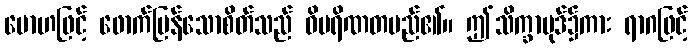
မောဟဖြင့် ဖောက်ပြန်သောစိတ်သည် ဝိပရိဏတမည်၏။ ဤသိက္ခာပုဒ်၌ကား ရာဂဖြင့်